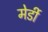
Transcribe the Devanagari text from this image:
मेर्डी